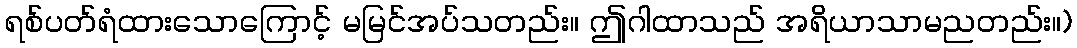
ရစ်ပတ်ရံထားသောကြောင့် မမြင်အပ်သတည်း။ ဤဂါထာသည် အရိယာသာမညတည်း။)